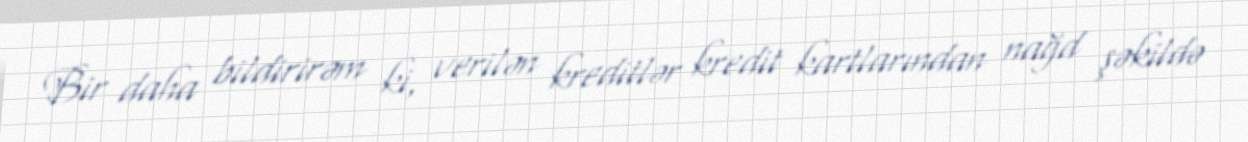
Bir daha bildirirəm ki, verilən kreditlər kredit kartlarından nağd şəkildə